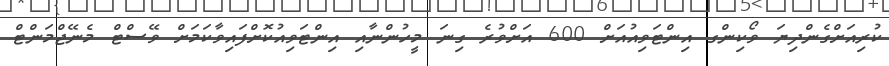
ކުރިއަށްގެންދިޔަ ވޯކިންގ އިންޓަވިއުއަށް 600 އަށްވުރެ ގިނަ މީހުންނާއި އިންޓަވިއުކޮށްފައިވާކަމަށް ވޭސްޓް މެނޭޖްމަންޓް